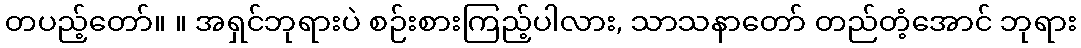
တပည့်တော်။ ။ အရှင်ဘုရားပဲ စဉ်းစားကြည့်ပါလား, သာသနာတော် တည်တံ့အောင် ဘုရား